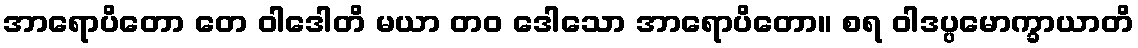
အာရောပိတော တေ ဝါဒေါတိ မယာ တဝ ဒေါသော အာရောပိတော။ စရ ဝါဒပ္ပမောက္ခာယာတိ